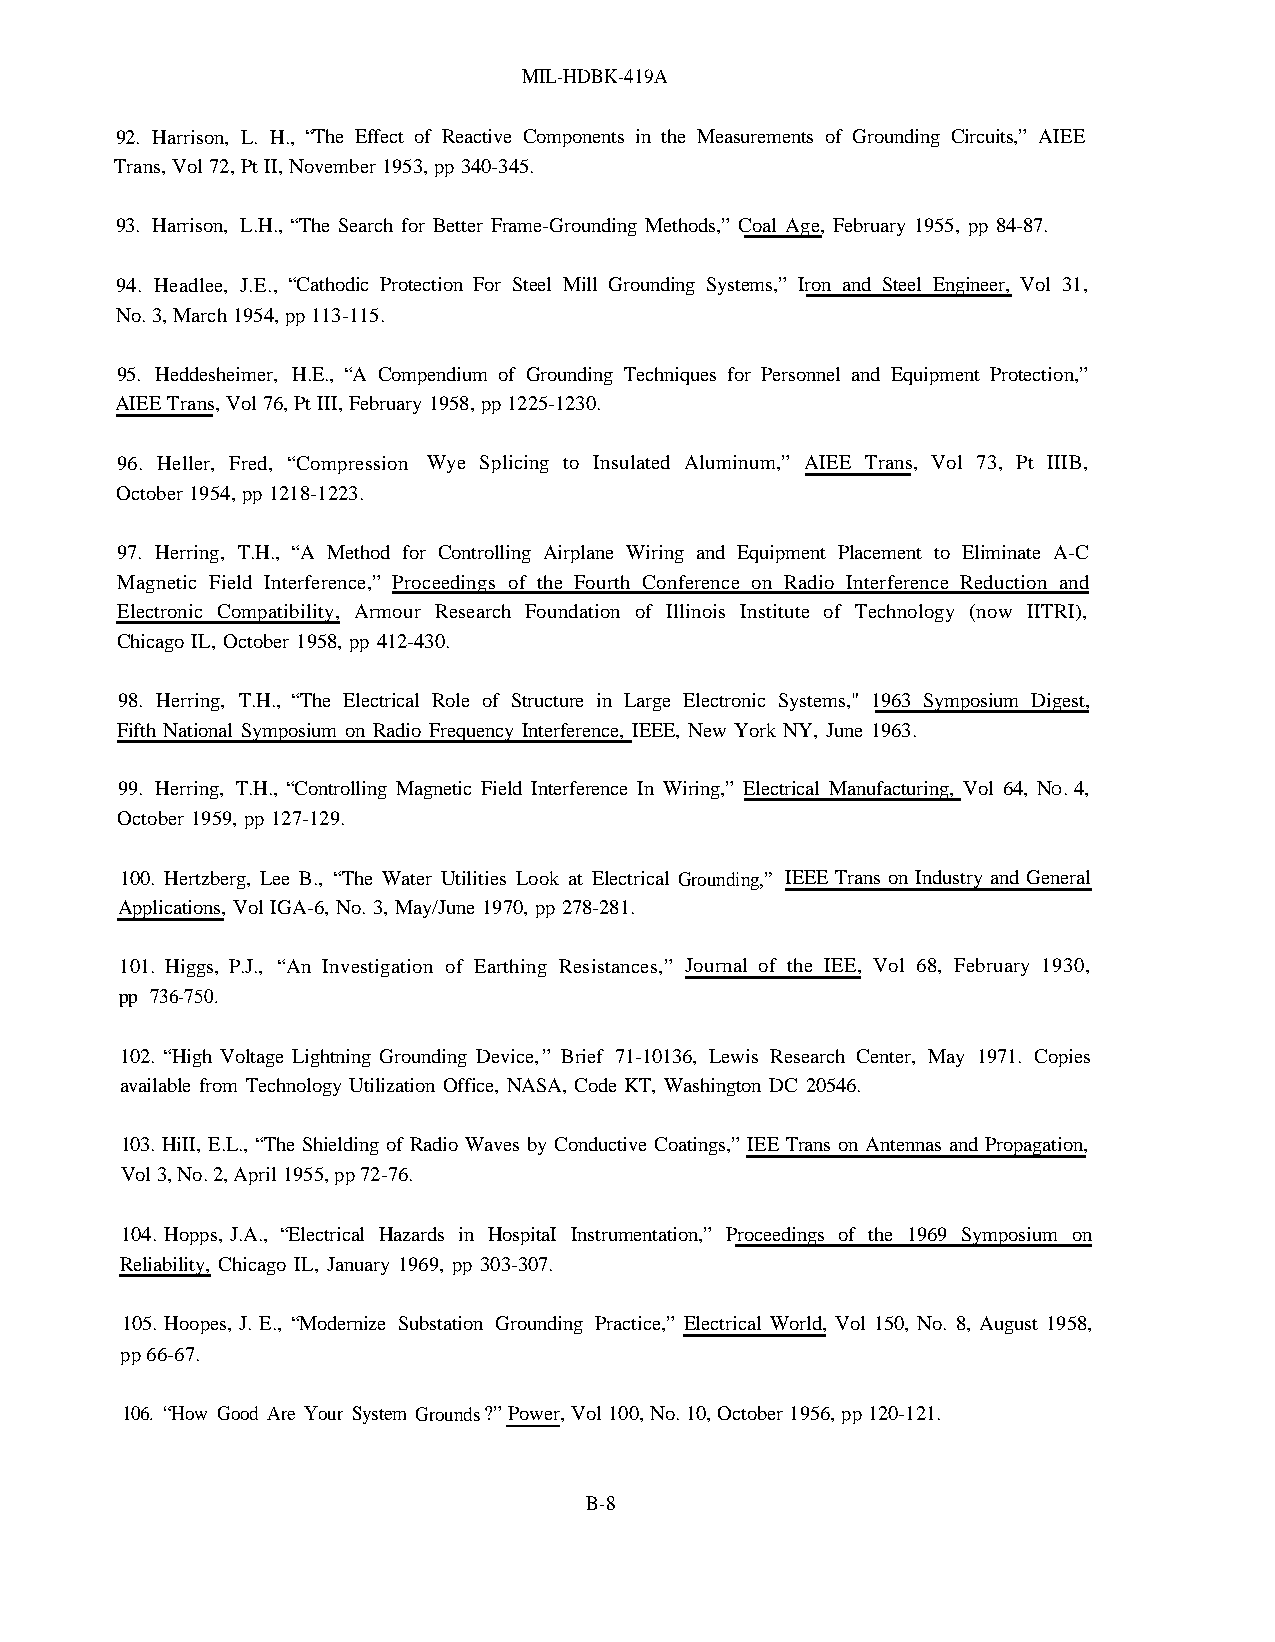
MIL-HDBK-419A
 92. Harrison, L. H., “The Effect of Reactive Components in the Measurements of Grounding Circuits,” AIEE
 Trans, Vol 72, Pt II, November 1953, pp 340-345.
 93. Harrison, L.H., “The Search for Better Frame-Grounding Methods,” Coal Age, February 1955, pp 84-87.
 94. Headlee, J.E., “Cathodic Protection For Steel Mill Grounding Systems,” Iron and Steel Engineer, Vol 31,
 No. 3, March 1954, pp 113-115.
 95. Heddesheimer, H.E., “A Compendium of Grounding Techniques for Personnel and Equipment Protection,”
 AIEE Trans, Vol 76, Pt III, February 1958, pp 1225-1230.
 96. Heller, Fred, “Compression Wye Splicing to Insulated Aluminum,” AIEE Trans, Vol 73, Pt IIIB,
 October 1954, pp 1218-1223.
 97. Herring, T.H., “A Method for Controlling Airplane Wiring and Equipment Placement to Eliminate A-C
 Magnetic Field Interference,” Proceedings of the Fourth Conference on Radio Interference Reduction and
 Electronic Compatibility, Armour Research Foundation of Illinois Institute of Technology (now IITRI),
 Chicago IL, October 1958, pp 412-430.
 98. Herring, T.H., “The Electrical Role of Structure in Large Electronic Systems," 1963 Symposium Digest,
 Fifth National Symposium on Radio Frequency Interference, IEEE, New York NY, June 1963.
 99. Herring, T.H., “Controlling Magnetic Field Interference In Wiring,” Electrical Manufacturing, Vol 64, NO. 4,
 October 1959, pp 127-129.
 100. Hertzberg, Lee B., “The Water Utilities Look at Electrical Grounding,” IEEE Trans on Industry and General
 Applications, Vol IGA-6, No. 3, May/June 1970, pp 278-281.
 101. Higgs, P.J., “An Investigation of Earthing Resistances,” Journal of the IEE, Vol 68, February 1930,
 pp 736-750.
 102. “High Voltage Lightning Grounding Device,” Brief 71-10136, Lewis Research Center, May 1971. Copies
 available from Technology Utilization Office, NASA, Code KT, Washington DC 20546.
 103. HiII, E.L., “The Shielding of Radio Waves by Conductive Coatings,” IEE Trans on Antennas and Propagation,
 Vol 3, No. 2, April 1955, pp 72-76.
 104. Hopps, J.A., “Electrical Hazards in HospitaI Instrumentation,” Proceedings of the 1969 Symposium on
 Reliability, Chicago IL, January 1969, pp 303-307.
 105. Hoopes, J. E., “Modernize Substation Grounding Practice,” Electrical World, Vol 150, No. 8, August 1958,
 pp 66-67.
 106. “How Good Are Your System Grounds?” Power, Vol 100, No. 10, October 1956, pp 120-121.
 B-8